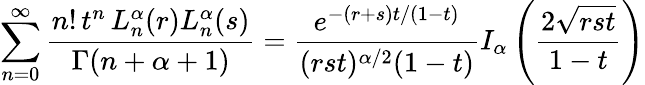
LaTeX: \sum_{n=0}^{\infty}\frac{n!\, t^{n}\, L_{n}^{\alpha}(r)L_{n}^{\alpha}(s)}{\Gamma(n+\alpha+1)}=\frac{e^{-(r+s)t/(1-t)}}{(rst)^{\alpha/2}(1-t)}I_{\alpha}\left(\frac{2\sqrt{rst}}{1-t}\right)